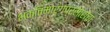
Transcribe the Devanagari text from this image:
भक्तिमार्गप्रसाराचा